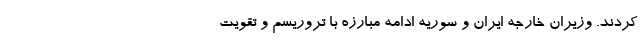
کردند. وزیران خارجه ایران و سوریه ادامه مبارزه با تروریسم و تقویت